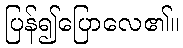
ပြန်၍ပြောလေ၏။